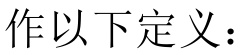
作以下定义：